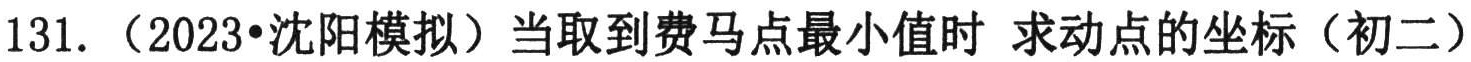
131. （2023•沈阳模拟）当取到费马点最小值时 求动点的坐标（初二）